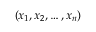
( x _ { 1 } , x _ { 2 } , \ldots , x _ { n } )